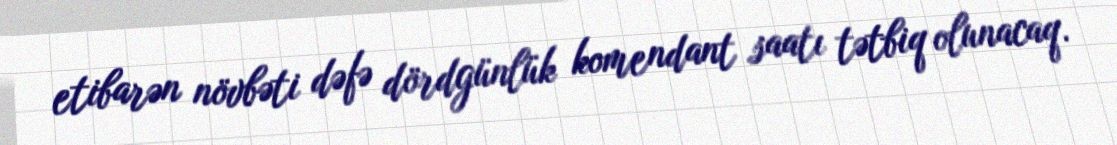
etibarən növbəti dəfə dördgünlük komendant saatı tətbiq olunacaq.